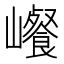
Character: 𰏀